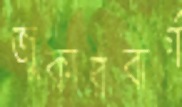
জুকারবার্গ